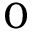
_ 0